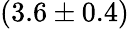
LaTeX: (3.6\pm 0.4)\